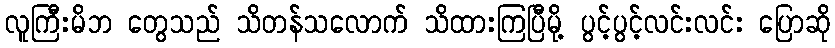
လူကြီးမိဘ တွေသည် သိတန်သလောက် သိထားကြပြီမို့ ပွင့်ပွင့်လင်းလင်း ပြောဆို